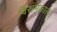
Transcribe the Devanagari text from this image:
विरामकाल